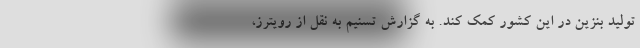
تولید بنزین در این کشور کمک کند. به گزارش تسنیم به نقل از رویترز،